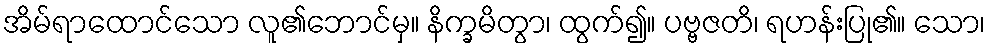
အိမ်ရာထောင်သော လူ၏ဘောင်မှ။ နိက္ခမိတွာ၊ ထွက်၍။ ပဗ္ဗဇတိ၊ ရဟန်းပြု၏။ သော၊